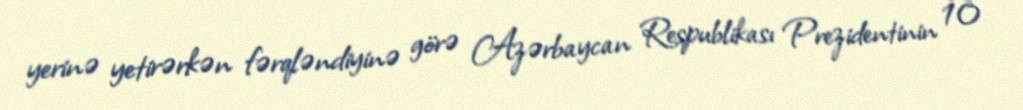
yerinə yetirərkən fərqləndiyinə görə Azərbaycan Respublikası Prezidentinin 10